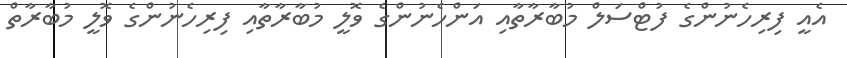
އެއީ ފިރިހެނުންގެ ފުޓްސަލް މުބާރާތާއި އަންހެނުންގެ ވޮލީ މުބާރާތާއި ފިރިހެނުންގެ ވޮލީ މުބާރާތް